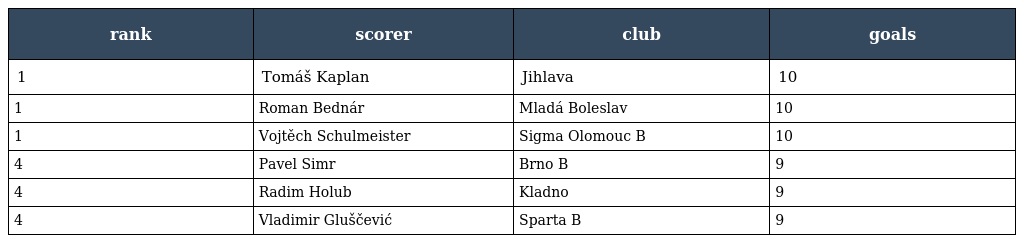
| rank | scorer | club | goals |
 | --- | --- | --- | --- |
 | 1 | Tomáš Kaplan | Jihlava | 10 |
 | 1 | Roman Bednár | Mladá Boleslav | 10 |
 | 1 | Vojtěch Schulmeister | Sigma Olomouc B | 10 |
 | 4 | Pavel Simr | Brno B | 9 |
 | 4 | Radim Holub | Kladno | 9 |
 | 4 | Vladimir Gluščević | Sparta B | 9 |